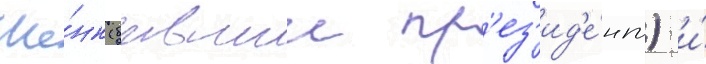
Ше́нк (бывшии пр'ез'ид'е́нт) и́